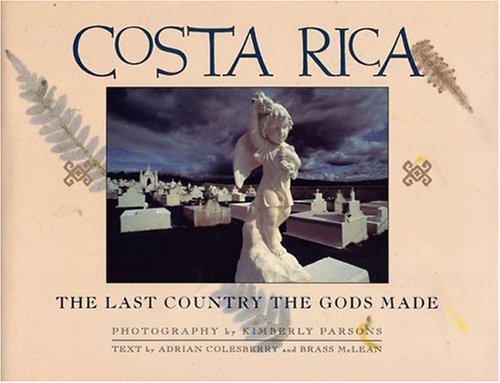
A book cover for Costa Rica: The Last Country The Gods Made; Adrian Colesberry; Travel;